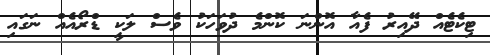
ޓިކެޓެއް ދޭއިރު ފެއާ އޮންނަ ކޮންމެ ދުވަހަކު ވެސް ލަކީ ޑްރޯއެއް ނަގައި